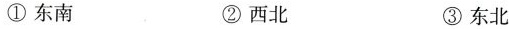
①东南 ②西北 ③东北